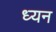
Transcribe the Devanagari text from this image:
ध्यन